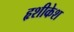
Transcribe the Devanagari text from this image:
हृशीकेश